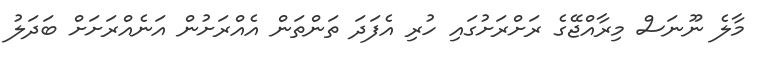
މާލެ ނޫނަސް މިރާއްޖޭގެ ރަށްރަށުގައި ހުރި އެފަދަ ތަންތަން އެއްރަށުން އަނެއްރަށަށް ބަދަލު